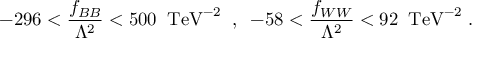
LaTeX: - 2 9 6 < \frac { f _ { B B } } { \Lambda ^ { 2 } } < 5 0 0 \; \; \mathrm { T e V } ^ { - 2 } \; \; , \; \; - 5 8 < \frac { f _ { W W } } { \Lambda ^ { 2 } } < 9 2 \; \; \mathrm { T e V } ^ { - 2 } \; .